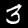
Label: 3